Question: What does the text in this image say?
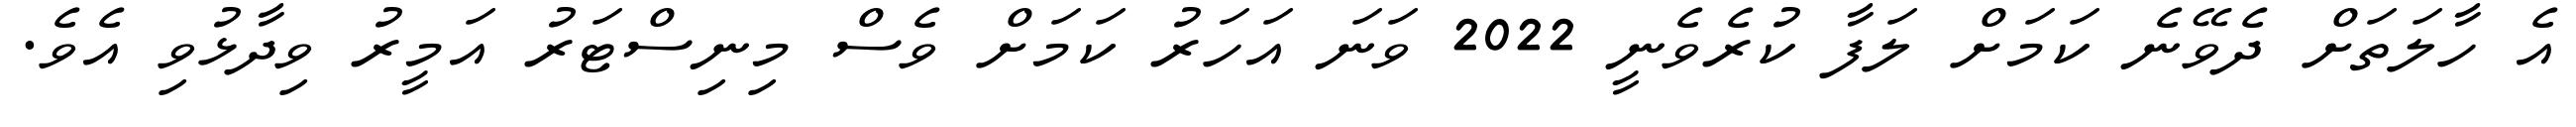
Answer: އެ ހާލަތަށް ދެވޭނެ ކަމަށް ލަފާ ކުރެވެނީ 2022 ވަނަ އަހަރު ކަމަށް ވެސް މިނިސްޓަރު އަމީރު ވިދާޅުވި އެވެ.